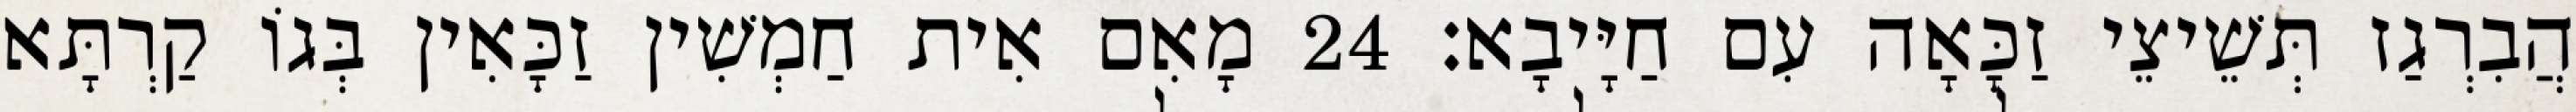
הֲבִרְגַז תְּשֵׁיצֵי זַכָּאָה עִם חַיָּיבָא׃ 24 מָאִם אִית חַמְשִׁין זַכָּאִין בְּגוֹ קַרְתָּא